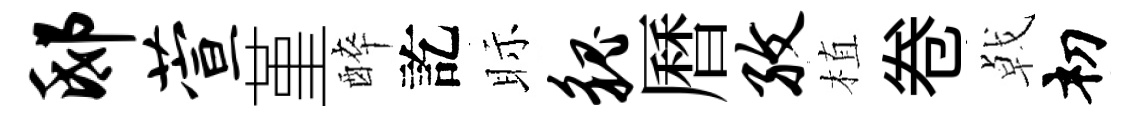
邸萱堇醉訖眎貌曆孜植卷㦸𥘉